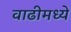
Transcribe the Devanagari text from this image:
वाढीमध्ये